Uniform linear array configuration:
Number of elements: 8
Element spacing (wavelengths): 1
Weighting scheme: kaiser
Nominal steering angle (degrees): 15
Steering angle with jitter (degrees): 15.679
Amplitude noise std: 0.05
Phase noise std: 0.05

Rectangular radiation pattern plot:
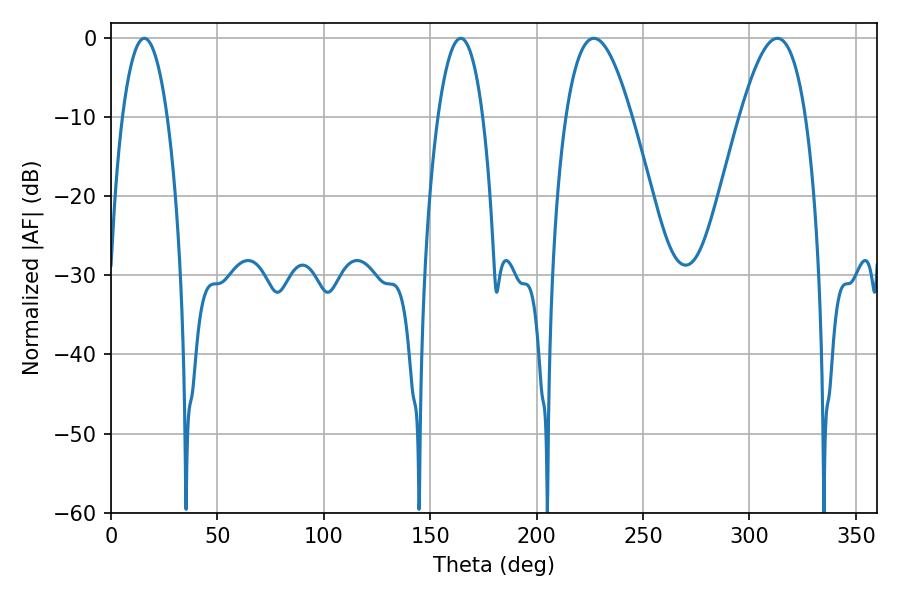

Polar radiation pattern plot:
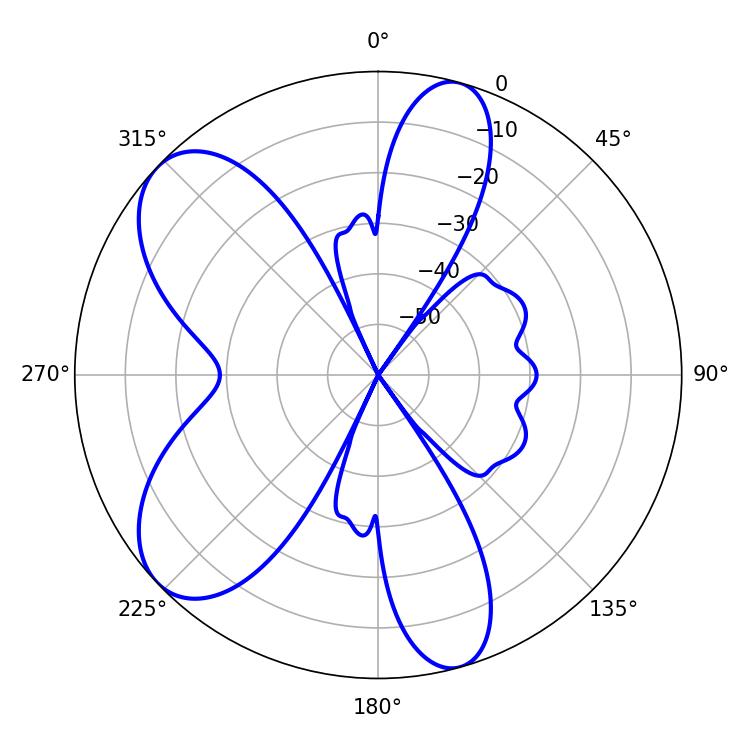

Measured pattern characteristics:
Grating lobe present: TRUE
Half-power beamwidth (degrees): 11.7
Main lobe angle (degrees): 15.66